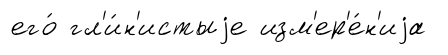
его́ гл'и́н'истыjе изм'ер'е́н'иjа